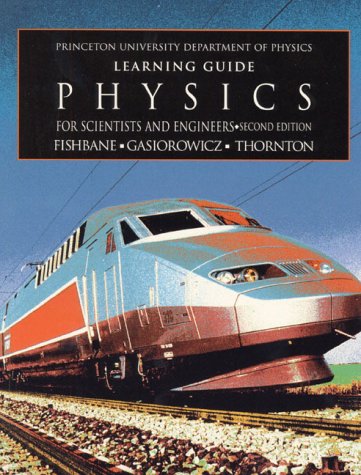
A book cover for Physics for Scientist and Engineers: Learning Guide; Paul M. Fishbane; Science & Math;